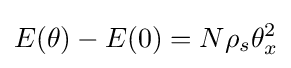
E(\theta )-E(0)=N\rho _{s}\theta _{x}^{2}